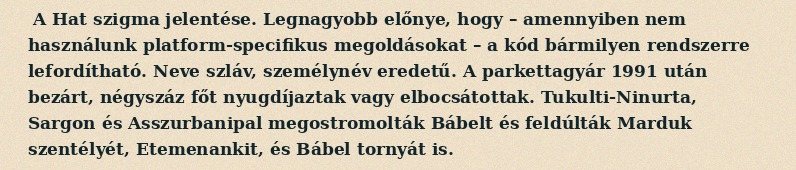
A Hat szigma jelentése. Legnagyobb előnye, hogy – amennyiben nem használunk platform-specifikus megoldásokat – a kód bármilyen rendszerre lefordítható. Neve szláv, személynév eredetű. A parkettagyár 1991 után bezárt, négyszáz főt nyugdíjaztak vagy elbocsátottak. Tukulti-Ninurta, Sargon és Asszurbanipal megostromolták Bábelt és feldúlták Marduk szentélyét, Etemenankit, és Bábel tornyát is.